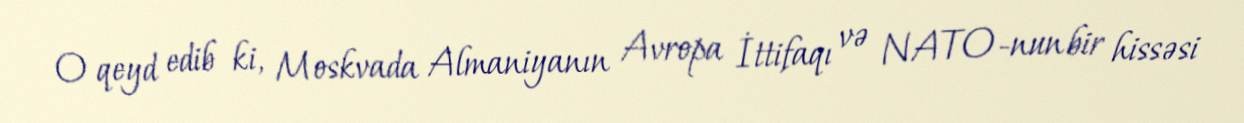
O qeyd edib ki, Moskvada Almaniyanın Avropa İttifaqı və NATO-nun bir hissəsi